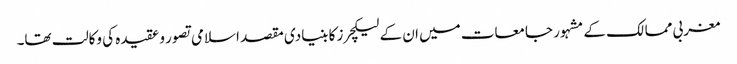
مغربی ممالک کے مشہور جامعات میں ان کے لیکچرز کا بنیادی مقصد اسلامی تصور و عقیدہ کی وکالت تھا۔